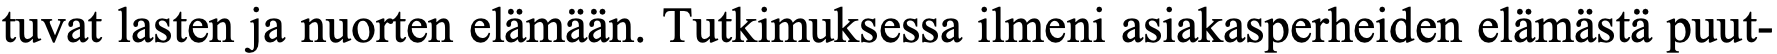
tuvat lasten ja nuorten elämään. Tutkimuksessa ilmeni asiakasperheiden elämästä puut-